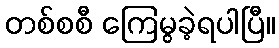
တစ်စစီ ကြေမွခဲ့ရပါပြီ။